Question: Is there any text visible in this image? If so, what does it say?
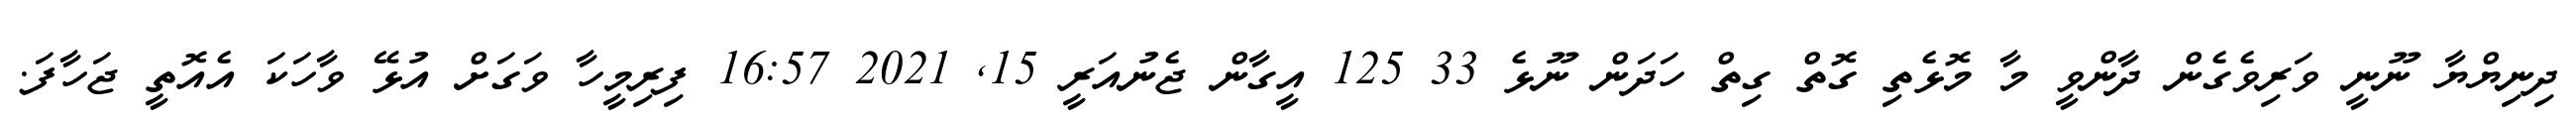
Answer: ދިނިޔްޔާ ނޫނީ ވަރިވެގެން ދާންވީ މާ މޮޅެތި ގޮތް ގިތް ހަދަން ނޫޅެ 33 125 އީގާން ޖެނުއަރީ 15, 2021 16:57 ފިރިމީހާ ވަގަށް އުޅޭ ވާހަކަ އެއޮތީ ޖަހާފަ.